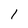
Character: 1